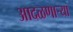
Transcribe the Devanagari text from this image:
आदळणार्‍या